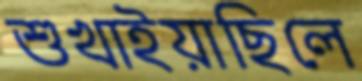
শুখাইয়াছিলে